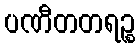
ပဏီတတရဉ္စ